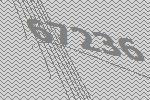
67236